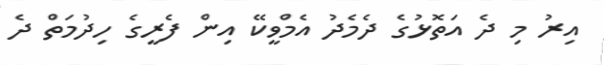
އިރު މި ދެ އަތޮޅުގެ ދެމެދު އެމްވީކޭ އިން ފެރީގެ ހިދުމަތް ދެ